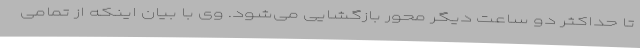
تا حداکثر دو ساعت دیگر محور بازگشایی می‌شود. وی با بیان اینکه از تمامی